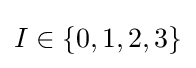
I\in \{0,1,2,3\}